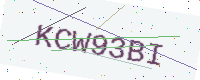
Text: KCW93BI